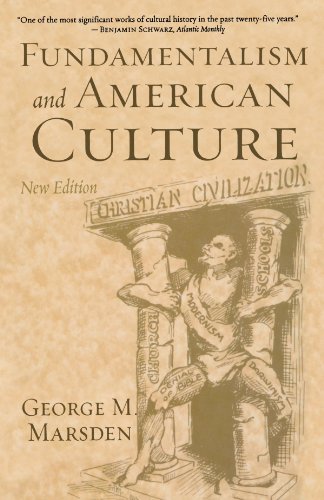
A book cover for Fundamentalism and American Culture (New Edition); George M. Marsden; Christian Books & Bibles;